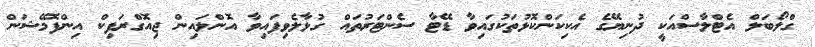
ގްލޯބަލް އެޓްލާސްއަކީ ދުނިޔޭގެ އެކިކަންކޮޅުތަކުގައިވާ ޑޭޓާ ސެންޓަރުތައް ގުޅާލެވިފައިވާ އޮންލައިން ޖިއޮގްރަފިކް އިންފޮމޭޝަން